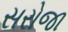
સરોજા